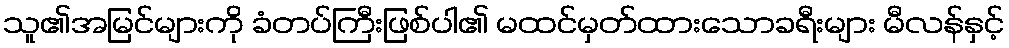
သူ၏အမြင်များကို ခံတပ်ကြီးဖြစ်ပါ၏ မထင်မှတ်ထားသောခရီးများ မီလန်နှင့်